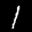
Label: 1